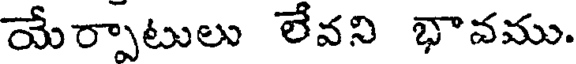
యేర్పాటులు లేవని భావము.